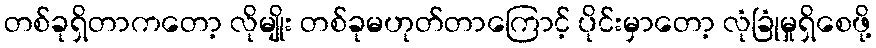
တစ်ခုရှိတာကတော့ လိုမျိုး တစ်ခုမဟုတ်တာကြောင့် ပိုင်းမှာတော့ လုံခြုံမှုရှိစေဖို့